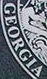
GEORGIA